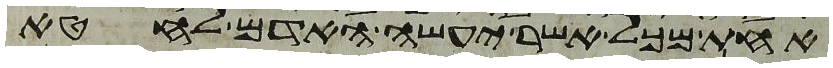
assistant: אחת מכל אשר יעשה האדם לחטא